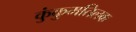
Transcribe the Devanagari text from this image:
कुंकुमतिलक